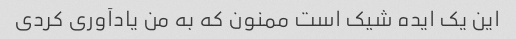
این یک ایده شیک است ممنون که به من یادآوری کردی